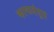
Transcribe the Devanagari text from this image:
काष्ठतंतूत